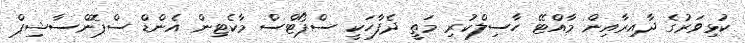
ކުޅިވަރުގެ ދާއިރާއިން މާއްޓޭ ހާސިލްކުރި މަތީ ދެފާހަކީ ސްޕޯޓްސް މާކެޓިން އެންޑް ސްޕޮންސާޝިޕް